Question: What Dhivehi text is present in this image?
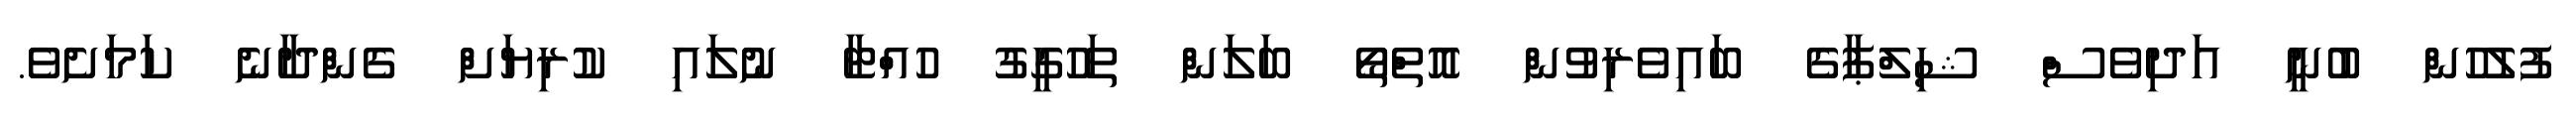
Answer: ފުލުހުން ބުނީ އަދިވެސް ޝިލްޕާގެ ބައިވެރިވުން އޮތްތޯ ބަލަން ތަހުގީގު ހުއްޓާ ނުލައި ކުރިޔަށް ގެންދާނެ ކަމަށެވެ.